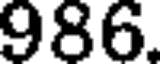
986.